Civil Veterinary Department Bihar & Orissa reports 1911-21 - 1911-1921
Year: 1911
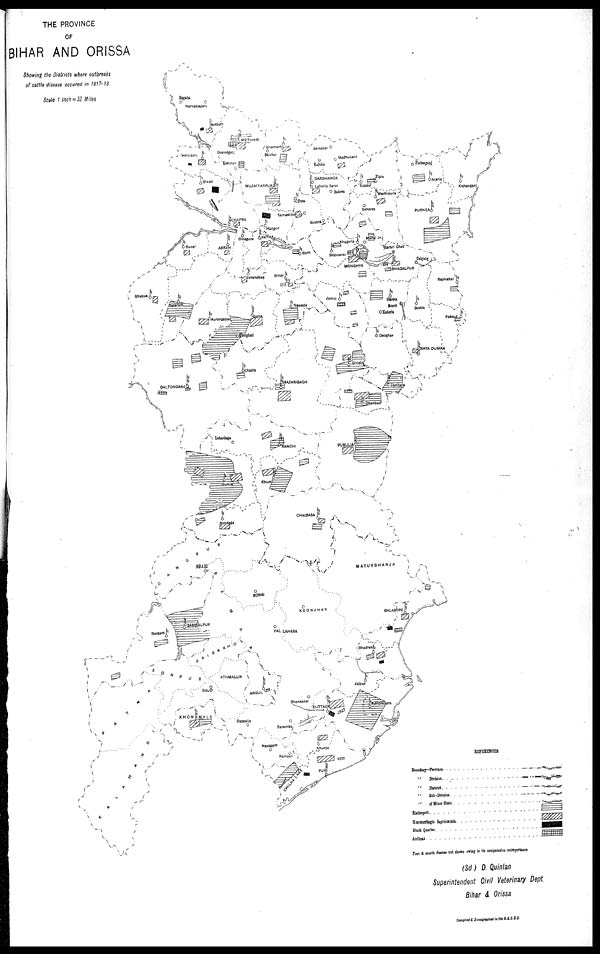
THE PROVINCE
OF
BIHAR AND ORISSA
Showing the Districts where outbreaks
of cattle disease occured in 1917-18
Scale 1 Inch=32 Miles